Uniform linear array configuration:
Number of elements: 24
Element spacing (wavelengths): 0.5
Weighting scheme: blackman
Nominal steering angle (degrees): -15
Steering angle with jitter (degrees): -14.332
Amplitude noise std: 0.05
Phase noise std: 0.05

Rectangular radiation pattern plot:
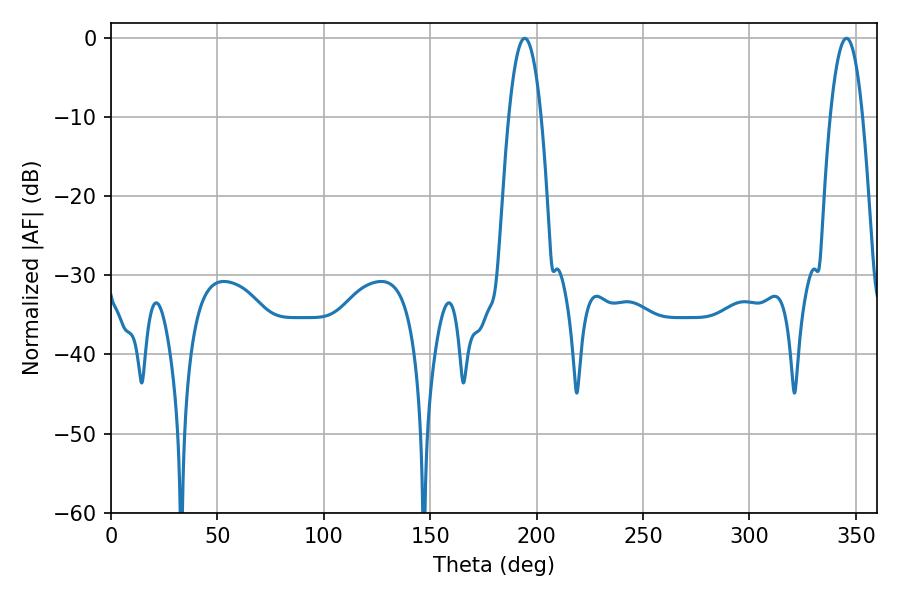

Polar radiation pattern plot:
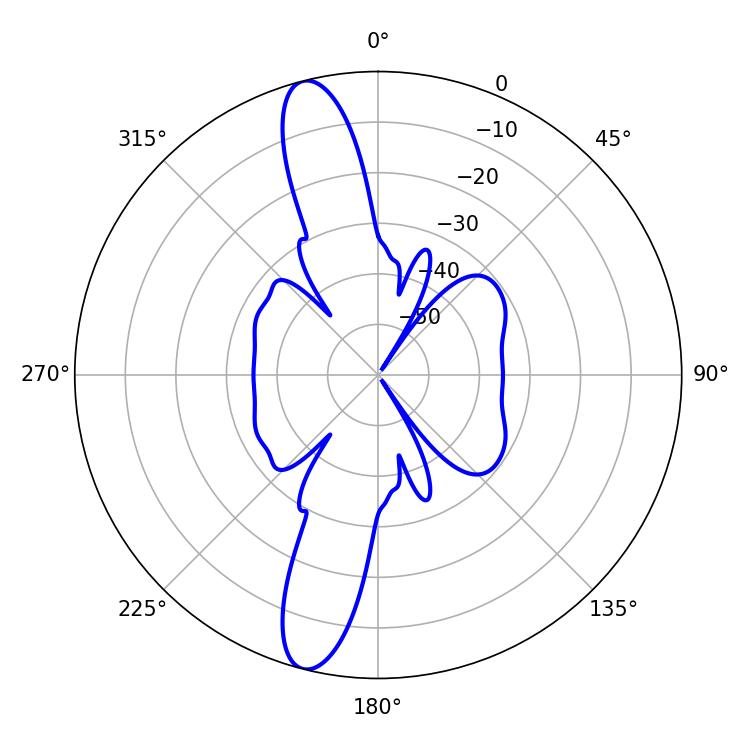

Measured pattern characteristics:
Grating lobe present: FALSE
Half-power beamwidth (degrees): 8.28
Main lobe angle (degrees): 194.4